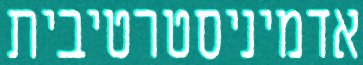
אדמיניסטרטיבית